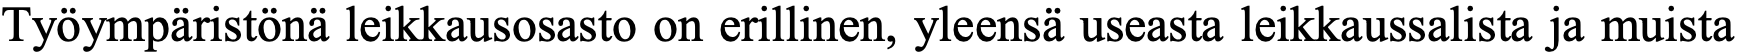
Työympäristönä leikkausosasto on erillinen, yleensä useasta leikkaussalista ja muista